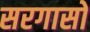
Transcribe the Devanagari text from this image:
सरगासो